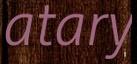
atary